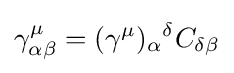
\gamma _{\alpha \beta }^{\mu }=(\gamma ^{\mu })_{\alpha }{}^{\delta }C_{\delta \beta }